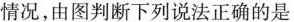
情况，由图判断下列说法正确的是